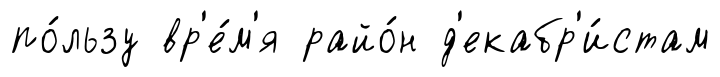
по́льзу вр'е́м'я райо́н д'екабр'и́стам